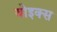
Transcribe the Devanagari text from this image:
बोइक्स